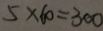
5 \times 6 0 = 3 0 0